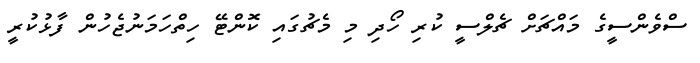
ސްވެންސީގެ މައްޗަށް ޗެލްސީ ކުރި ހޯދި މި މެޗުގައި ކޮންޓޭ ހިތްހަމަނުޖެހުން ފާޅުކުރީ